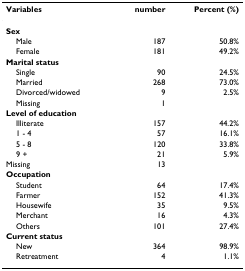
<table><thead><tr><td><b>Variables</b></td><td><b>number</b></td><td><b>Percent (%)</b></td></tr></thead><tbody><tr><td><b>Sex</b></td><td></td><td></td></tr><tr><td> Male</td><td>187</td><td>50.8%</td></tr><tr><td> Female</td><td>181</td><td>49.2%</td></tr><tr><td><b>Marital status</b></td><td></td><td></td></tr><tr><td> Single</td><td>90</td><td>24.5%</td></tr><tr><td> Married</td><td>268</td><td>73.0%</td></tr><tr><td> Divorced/widowed</td><td>9</td><td>2.5%</td></tr><tr><td> Missing</td><td>1</td><td></td></tr><tr><td><b>Level of education</b></td><td></td><td></td></tr><tr><td> Illiterate</td><td>157</td><td>44.2%</td></tr><tr><td> 1 - 4</td><td>57</td><td>16.1%</td></tr><tr><td> 5 - 8</td><td>120</td><td>33.8%</td></tr><tr><td> 9 +</td><td>21</td><td>5.9%</td></tr><tr><td>Missing</td><td>13</td><td></td></tr><tr><td><b>Occupation</b></td><td></td><td></td></tr><tr><td> Student</td><td>64</td><td>17.4%</td></tr><tr><td> Farmer</td><td>152</td><td>41.3%</td></tr><tr><td> Housewife</td><td>35</td><td>9.5%</td></tr><tr><td> Merchant</td><td>16</td><td>4.3%</td></tr><tr><td> Others</td><td>101</td><td>27.4%</td></tr><tr><td><b>Current status</b></td><td></td><td></td></tr><tr><td> New</td><td>364</td><td>98.9%</td></tr><tr><td> Retreatment</td><td>4</td><td>1.1%</td></tr></tbody></table>